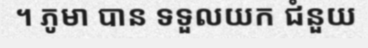
។ ភូមា បាន ទទួលយក ជំនួយ